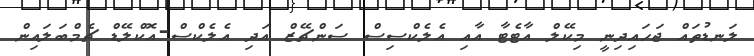
ލަނޑުތައް ޖަހައިދިނީ މިކޭލް އާޓެޓާ އާއި އެލެކްސިސް ސަންޗޭޒް އަދި އެލެކްސް-އޮކްލޭޑް ޗެމްބަލައިން